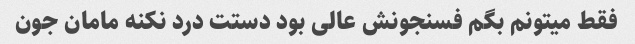
فقط میتونم بگم فسنجونش عالی بود دستت درد نکنه مامان جون